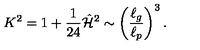
K ^ { 2 } = 1 + { \frac { 1 } { 2 4 } } \hat { \cal H } ^ { 2 } \sim \left( { \frac { \ell _ { g } } { \ell _ { p } } } \right) ^ { 3 } .